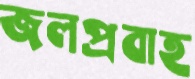
জলপ্রবাহ